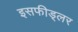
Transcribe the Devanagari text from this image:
इसफीड्लर